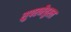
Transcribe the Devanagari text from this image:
सुपरनैचुरल